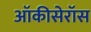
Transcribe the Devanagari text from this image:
ऑकीसेरॉस